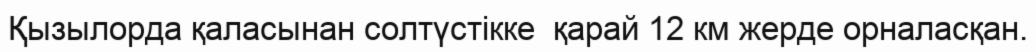
Қызылорда қаласынан солтүстікке  қарай 12 км жерде орналасқан.